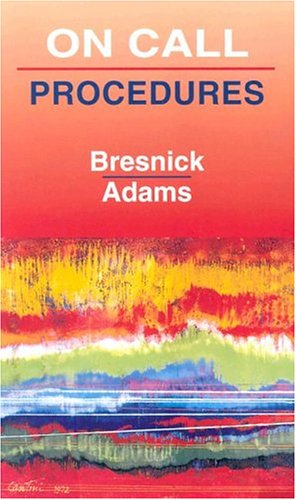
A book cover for On Call Procedures: On Call Series, 1e; Stephen D. Bresnick MD  DDS; Medical Books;